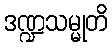
ဒဏ္ဍသမ္မုတိ